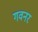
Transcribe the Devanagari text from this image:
गवनर